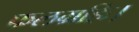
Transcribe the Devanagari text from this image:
फलग्रहिः।